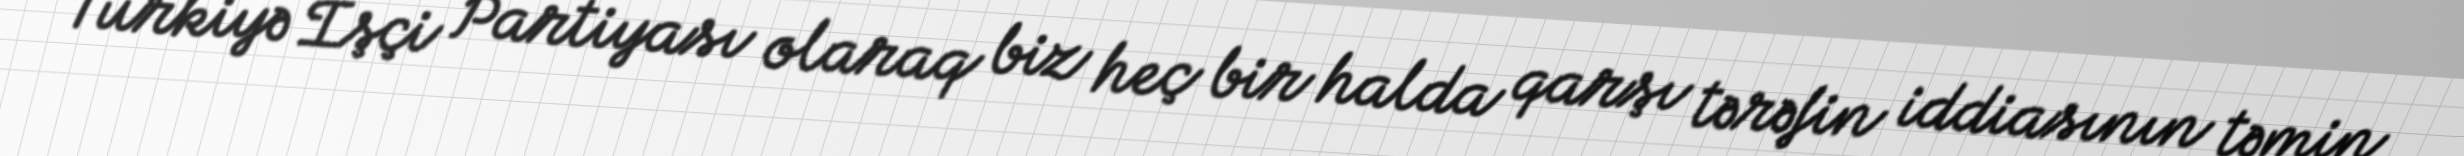
Türkiyə İşçi Partiyası olaraq biz heç bir halda qarşı tərəfin iddiasının təmin